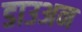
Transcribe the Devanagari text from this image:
डाउअन